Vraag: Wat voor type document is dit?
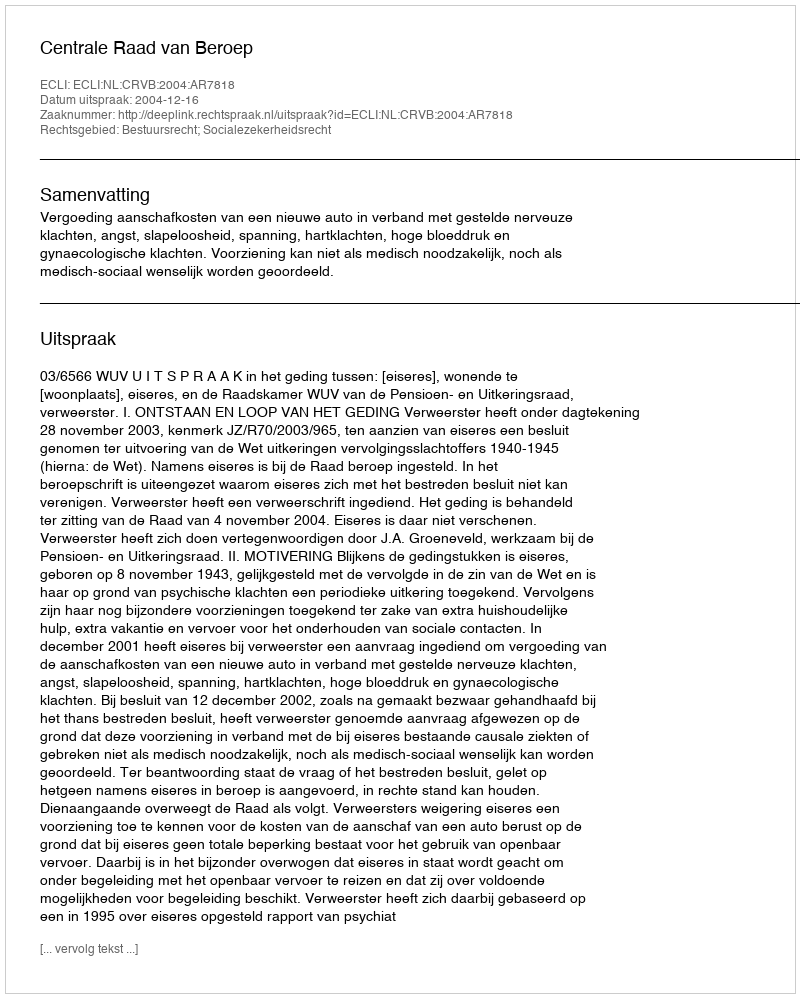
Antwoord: Uitspraak